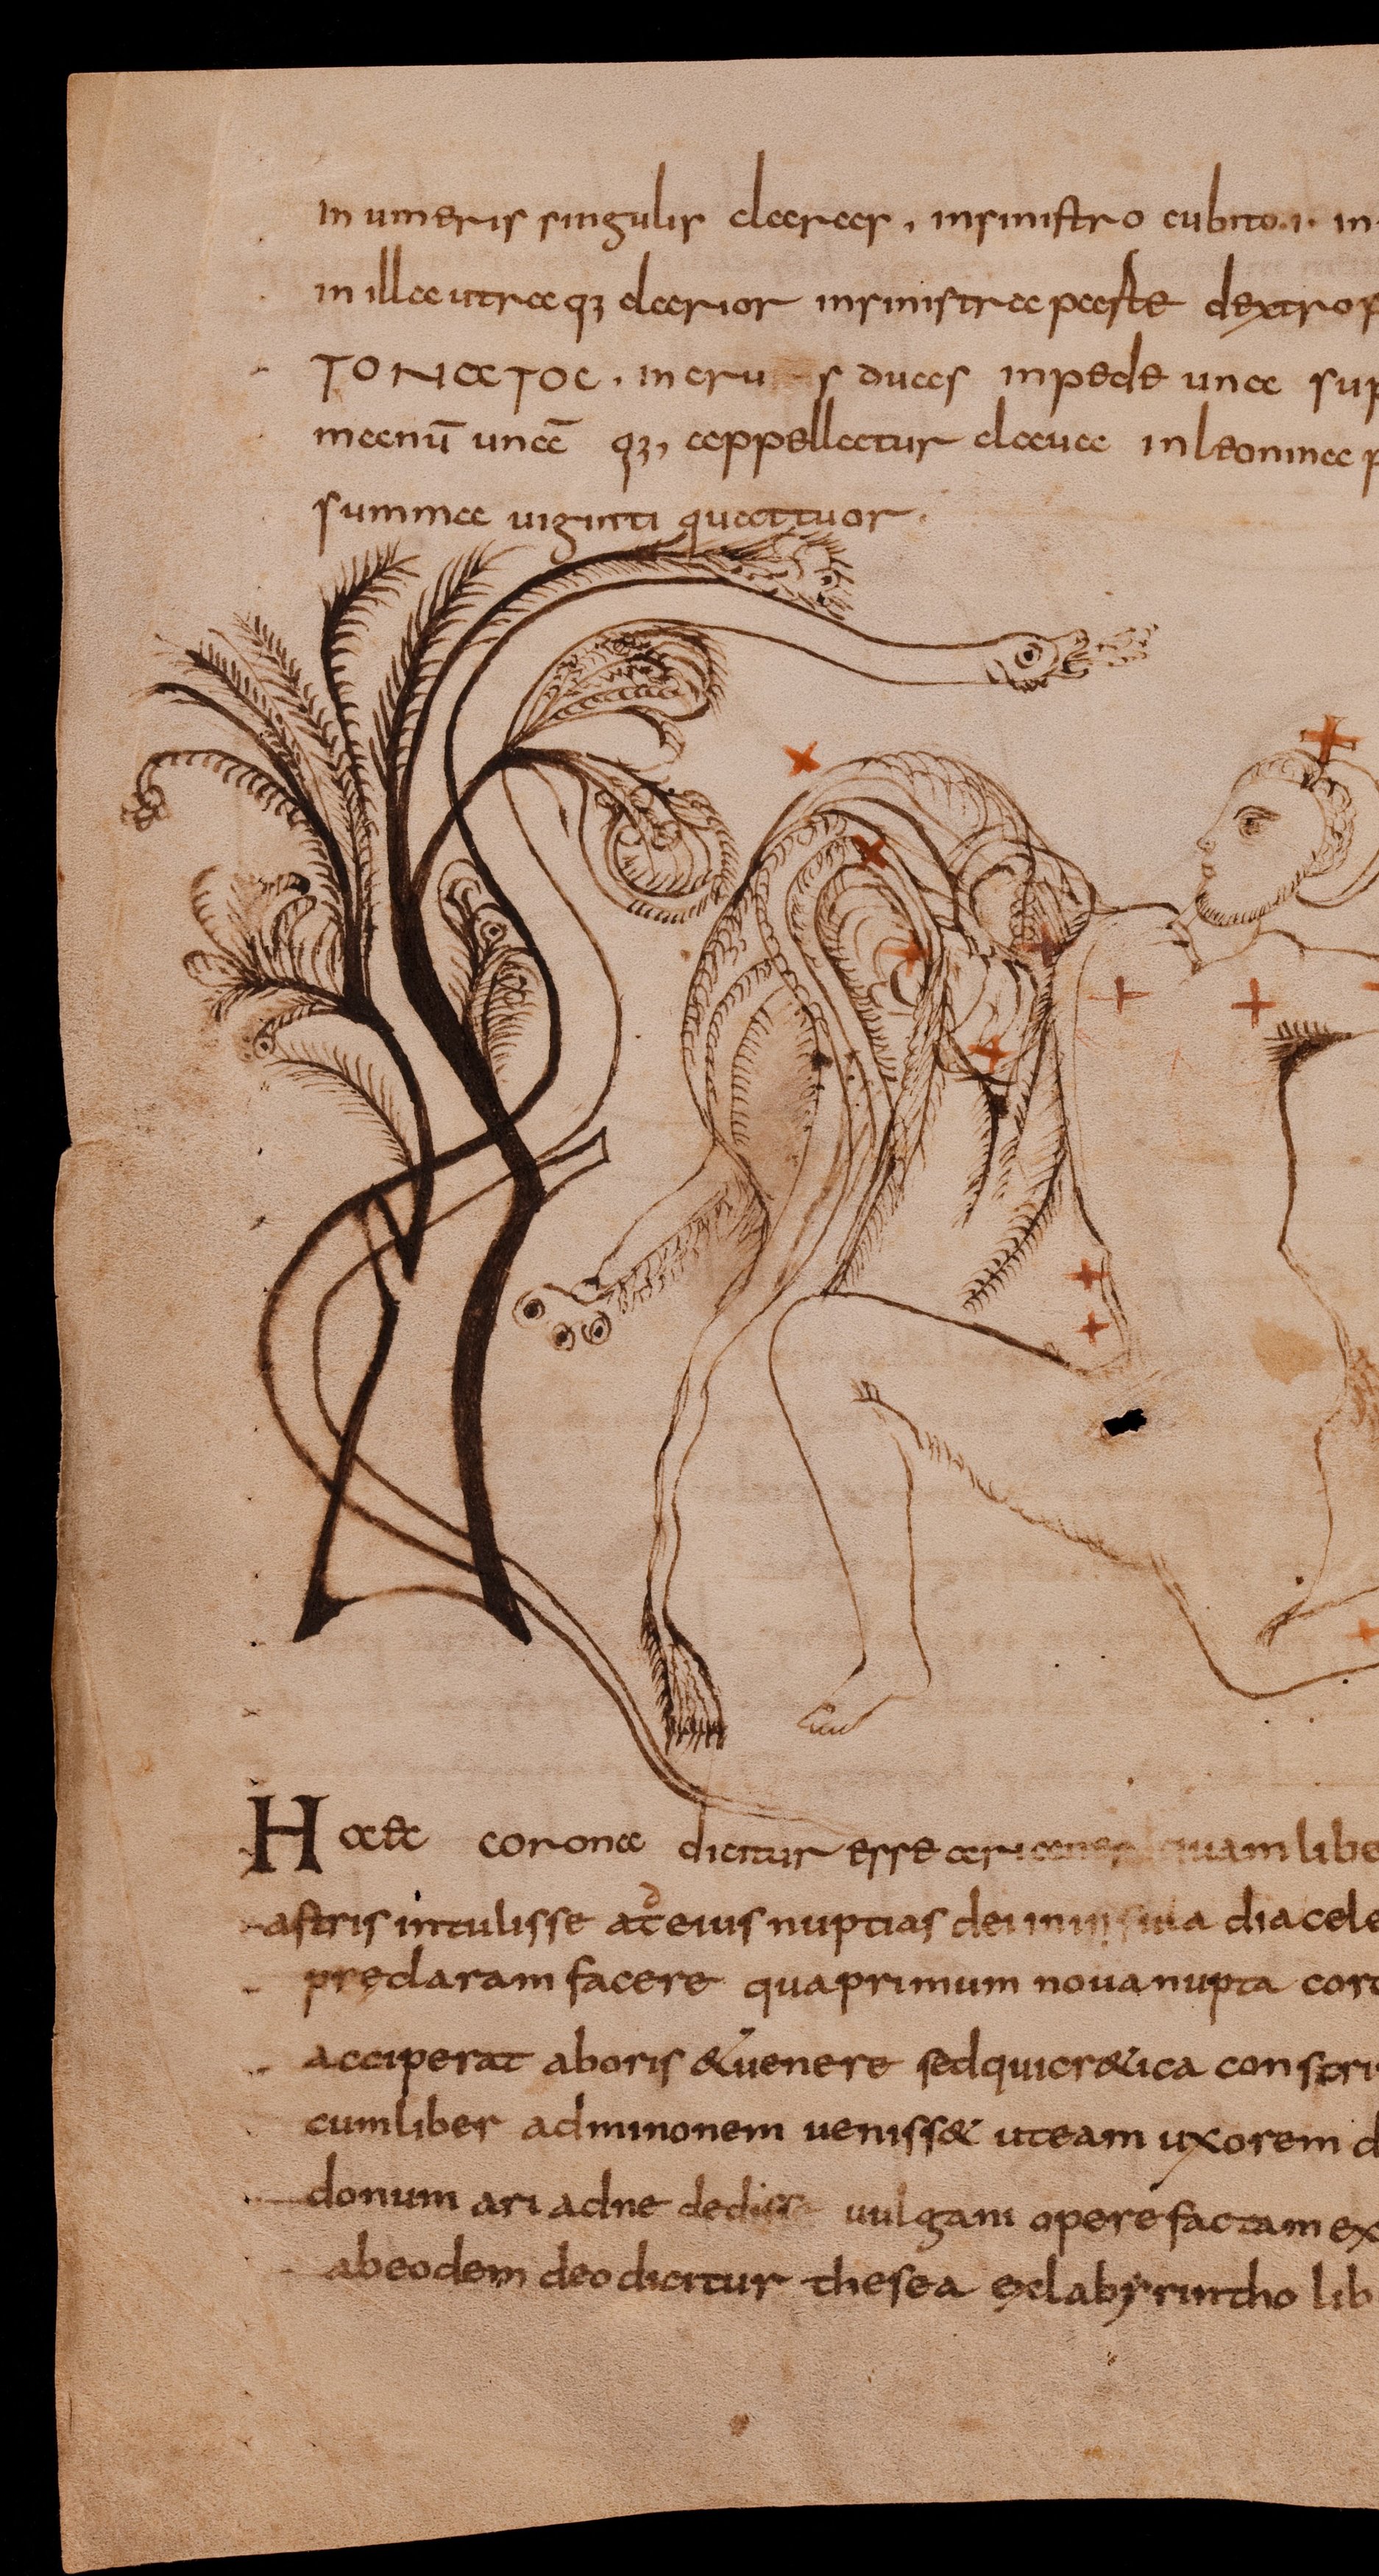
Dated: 800–849